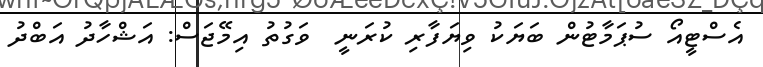
އެސްޓީއޯ ސުޕަމާޓުން ބަޔަކު ވިޔަފާރި ކުރަނީ  ވަގުތު އިމޭޖަސް: އަޝްހާދު އަބްދު